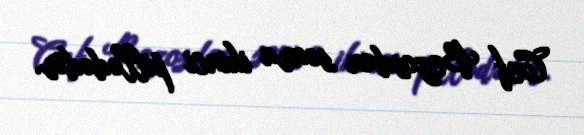
Cef Bezosdan sonra ikinci pillədədir.